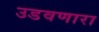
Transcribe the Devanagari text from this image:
उडवणारा